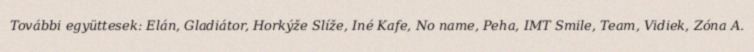
További együttesek: Elán, Gladiátor, Horkýže Slíže, Iné Kafe, No name, Peha, IMT Smile, Team, Vidiek, Zóna A.